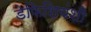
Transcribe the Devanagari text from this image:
डेफिशियंशी